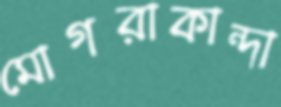
মোগরাকান্দা